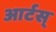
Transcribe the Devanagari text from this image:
आर्टस्‌